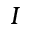
I